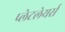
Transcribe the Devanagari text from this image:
प्लेटलेयर्स